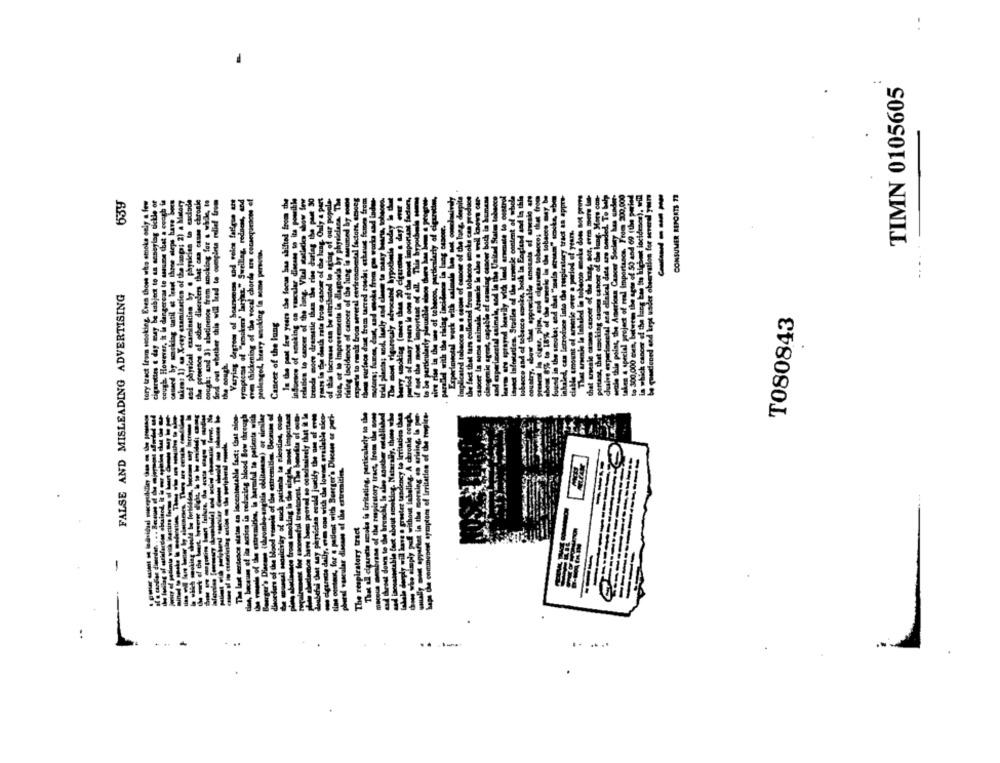
TIMN 0105605
le presence of other disorders that can casse chronke
find out whether this will lead to complete relief from
symptoms of "wecken' larjaz" Swelllag, redness, and
wve Gickening of the vocal chords are consequences of
----
CONSUMER REPORTS 77
639
tory tract from mooking. Even those who smoke only a few
cigarettes & day may be subject to an acneylog tickle of
cough However, It la dangerons to assume that a cough if
dy examinacies of the lanpa; 2) a Metary
dad physical examination by e physicien to exclude
cough; and 3) abstinence from smoking for a wide, to
prolangel, heavy smoking la some persons.
FALSE AND MISLEADING ADVERTISING
T080843
taken: 1) en X-esy GT
Cancer of the lung
the smoke is irritating, particularly to the
se of the respiratory tract, from the Both
to the hrenchi, Is also another established
fact about smoker. Naturally, those who
hout labeling. A chronle congh,
uftet in the morning on arising, lo per-
best symptoms of Irritation of the rougire-
in incontestable fact: thit sion-
o reducing blood Bow through
mitses, is harmful to patients with
ombo-angitis oblitasasa) or desiler
is of the extremities, Because of
of much perimis to pleadas, com-
Thave a greatet tendency to irritation then
-
e of the ert
without
y tract
-
.....
.....